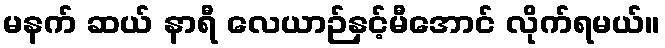
မနက် ဆယ် နာရီ လေယာဉ်နှင့်မီအောင် လိုက်ရမယ်။